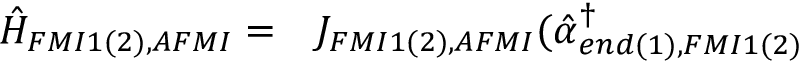
\begin{array} { l l } { \hat { H } _ { F M I 1 ( 2 ) , A F M I } = } & { J _ { F M I 1 ( 2 ) , A F M I } ( \hat { \alpha } _ { e n d ( 1 ) , F M I 1 ( 2 ) } ^ { \dagger } } \end{array}